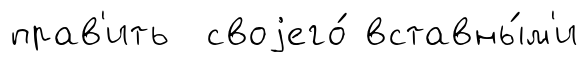
прав'ить своjего́ вставны́м'и